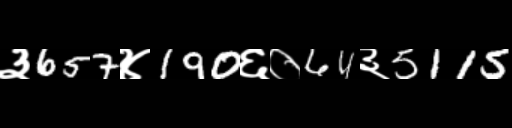
Text: ३657४190६०64३5115